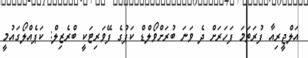
އަލްޖީރިއާ ފުރަތަމަ ފަހަރަށް ދެ ވަނަ ބުރަށްވޯލްޑް ކަޕުގެ ފޭވަރިޓަކީ ބްރެޒިލް: ކަޕެއްލޯގައުމީ